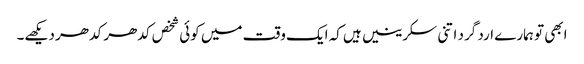
ابھی تو ہمارے ارد گرد اتنی سکرینیں ہیں کہ ایک وقت میں کوئی شخص کدھر کدھر دیکھے۔